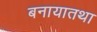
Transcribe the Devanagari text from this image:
बनायातथा